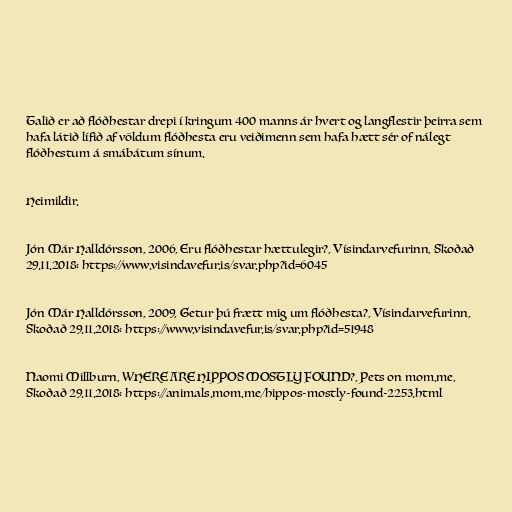
Talið er að flóðhestar drepi í kringum 400 manns ár hvert og langflestir þeirra sem
hafa látið lífið af völdum flóðhesta eru veiðimenn sem hafa hætt sér of nálegt
flóðhestum á smábátum sínum.

Heimildir.

Jón Már Halldórsson, 2006, Eru flóðhestar hættulegir?, Vísindarvefurinn, Skoðað
29.11.2018: https://www.visindavefur.is/svar.php?id=6045

Jón Már Halldórsson, 2009, Getur þú frætt mig um flóðhesta?, Vísindarvefurinn,
Skoðað 29.11.2018: https://www.visindavefur.is/svar.php?id=51948

Naomi Millburn, WHERE ARE HIPPOS MOSTLY FOUND?, Pets on mom.me,
Skoðað 29.11.2018: https://animals.mom.me/hippos-mostly-found-2253.html